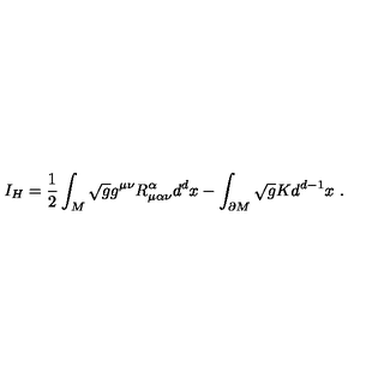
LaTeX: I _ { H } = \frac { 1 } { 2 } \int _ { M } \sqrt { g } g ^ { \mu \nu } R _ { \mu \alpha \nu } ^ { \alpha } d ^ { d } x - \int _ { \partial M } \sqrt { g } K d ^ { d - 1 } x \ .